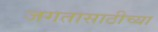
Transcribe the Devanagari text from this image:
जगतासाठीच्या